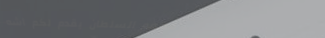
مطعم السلطان يقدم لكم أشه